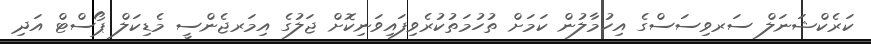
ކަރެކްޝަނަލް ސަރވިސަސްގެ އިހުމާލުން ކަމަށް ތުހުމަތުކުރެވިފައިވަނިކޮށް ޖަލުގެ އިމަރޖެންސީ މެޑިކަލް ޕޯސްޓް އަދި